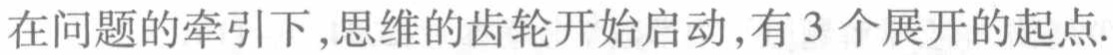
在问题的牵引下,思维的齿轮开始启动,有 3 个展开的起点.